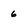
Character: 6